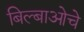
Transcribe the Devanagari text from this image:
बिल्बाओचे